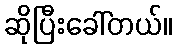
ဆိုပြီးခေါ်တယ်။